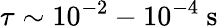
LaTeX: \tau\sim 10^{-2}-10^{-4}~\mathrm{s}